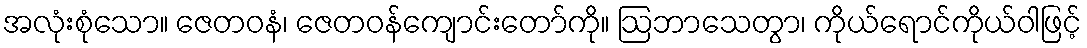
အလုံးစုံသော။ ဇေတဝနံ၊ ဇေတဝန်ကျောင်းတော်ကို။ ဩဘာသေတွာ၊ ကိုယ်ရောင်ကိုယ်ဝါဖြင့်